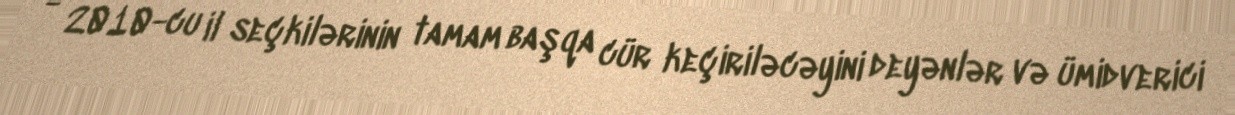
- 2010-cu il seçkilərinin tamam başqa cür keçiriləcəyini deyənlər və ümidverici